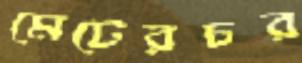
মেটেরচর